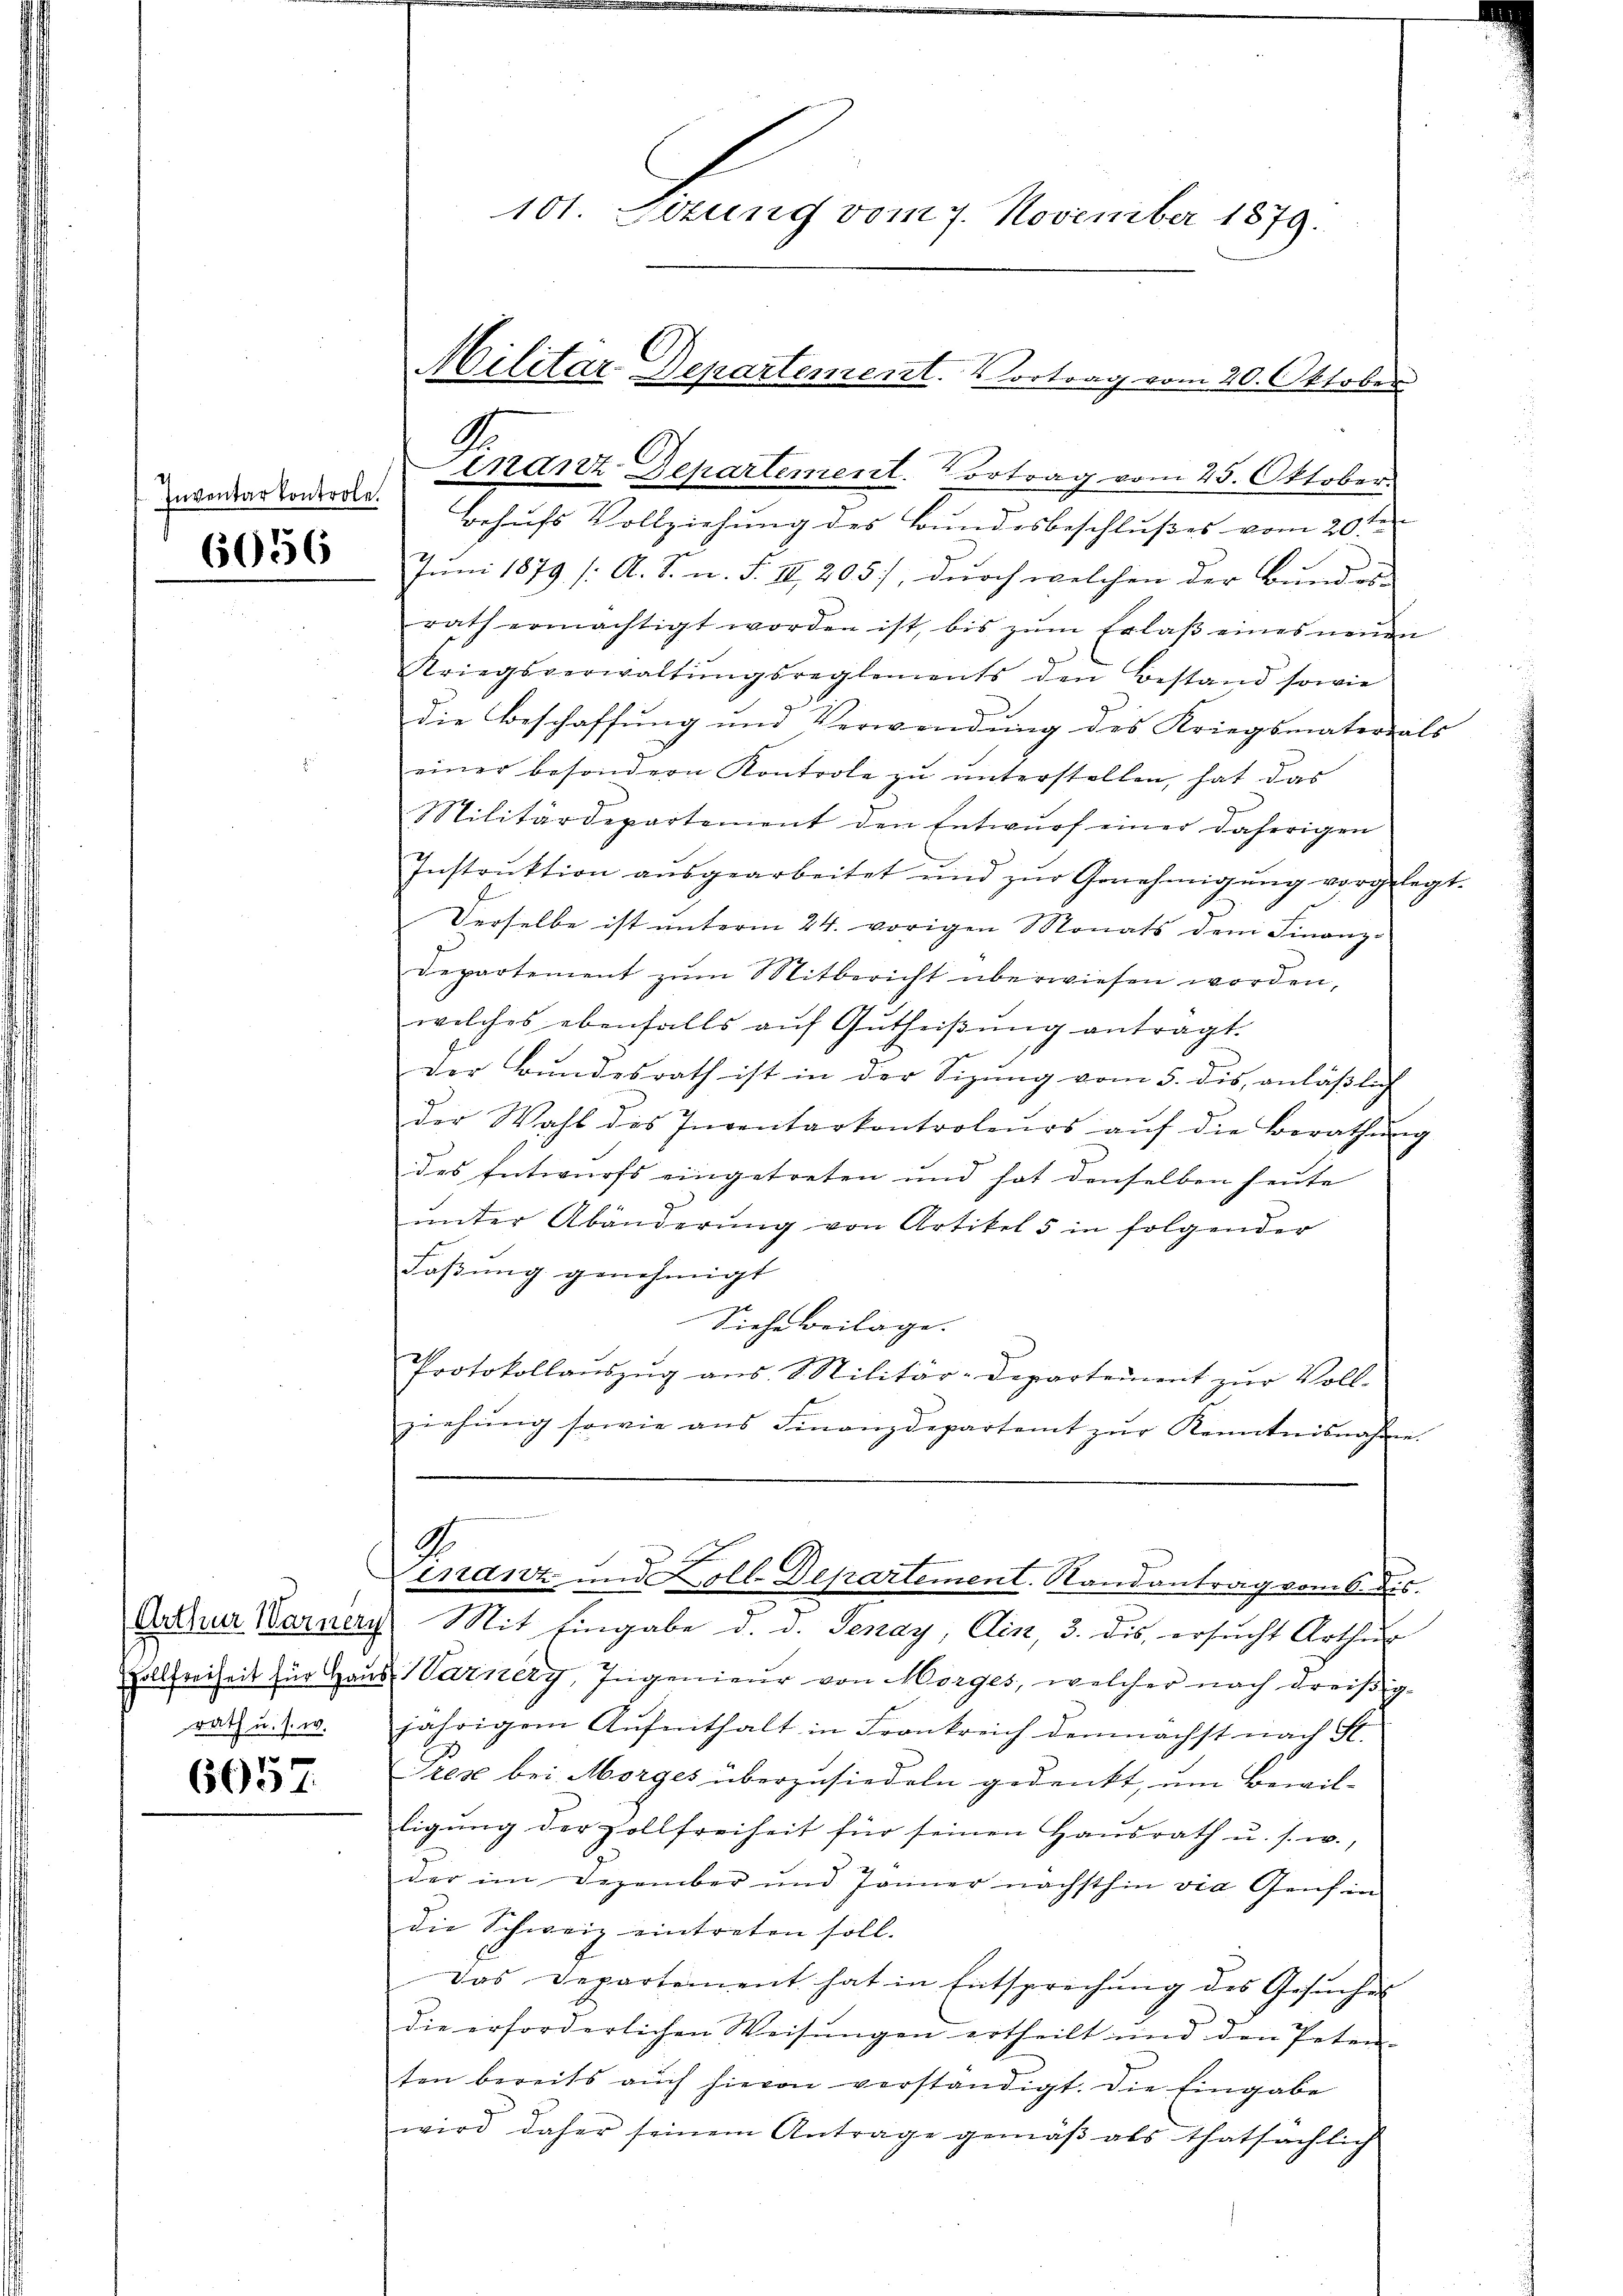
Inventar kontrole.
6056

Hollfreiheit für Hau
rath u. s. w.

6057.

Dr.
inanz-Departement. Vortrag vom 25. Oktober
Behufs Vollziehung des Bundesbeschlußes vom 20ten
Juni 1879 /: A. S. n. F. II, 205), durch welchen der Bundes-
rath ermächtigt worden ist, bis zŭm Erlaβ eines neŭen
Kriegsverwaltŭngsreglements den Bestand sowie
die Beschaffung und Verwendung des Kriegsmaterials
einer besondern Kontrole zŭ ŭnterstellen, hat das
Militärdepartement den Entwurf einer daherigen
Instrŭktion aŭsgearbeitet und zŭr Genehmigŭng vorgelegt.
Derselbe ist unterm 24. vorigen Monats dem Finanz-
Departement zŭm Mitbericht überwiesen worden,
welches ebenfalls aŭf Gŭtheiβŭng antragt.
der Bundesrath ist in der Sizung vom 5. dis, anläßlich
der Wahl des Inventarkontroleurs aŭf die Berathŭng
des Entwurfs eingetreten und hat denselben heute
ŭnter Abänderŭng von Artikel 5 in folgender
Faßung genehmigt
Siehe beilage.
Protokollaŭszŭg ans Militär-Departement zŭr Voll-
ziehŭng sowie ans Finanzdepartamt zŭr Kenntnisnahme.
A.
mnanz und Koll-Departement. Randantrag vom 6. des
Arthur Warnery, Mit Eingabe d. d. Jenay, ein, 3. dis ersucht Arthur
Warnery, Ingenieŭr von Morges, welcher nach dreißig-
jährigem Aŭfenthalt in Frankreich demnächst nach St.
Tiese bei Morges überzusiedeln gedenkt, um Bewilligŭng der zollfreiheit für seinen Haŭsrath u. s. w.,
der im Dezember und Jänner nächsthin via Genf in
die Schweiz eintreten soll.
Das Departement hat in Entsprechŭng des Gesŭches
die erforderlichen Weisungen ertheilt und den Peten-
ten bereits aŭch hievon verständigt. Die Eingabe
wird daher seinem Antrage gemäβ als thatsächlich

Militar Departement. Vortrag vom 20. Oktober

101. Serung vom 7. November 1879.